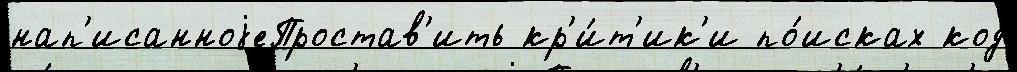
нап'исанноjеПростав'ить кр'и́т'ик'и по́исках код